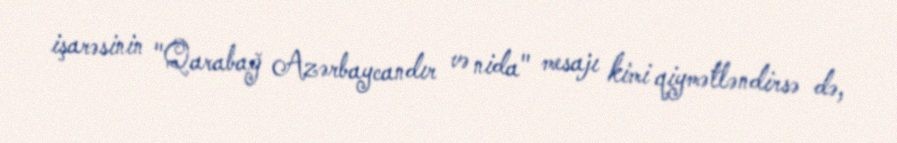
işarəsinin "Qarabağ Azərbaycandır və nida" mesajı kimi qiymətləndirsə də,